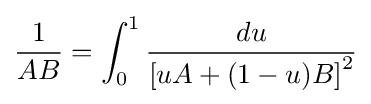
{\frac {1}{AB}}=\int _{0}^{1}{\frac {du}{\left[uA+(1-u)B\right]^{2}}}